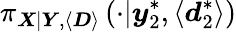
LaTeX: \pi_{\boldsymbol{X}|\boldsymbol{Y},\langle\boldsymbol{D}\rangle}\left(\cdot|\boldsymbol{y}_{2}^{*},\langle\boldsymbol{d}_{2}^{*}\rangle\right)